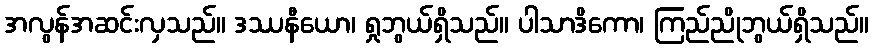
အလွန်အဆင်းလှသည်။ ဒဿနီယော၊ ရှုဘွယ်ရှိသည်။ ပါသာဒိကော၊ ကြည်ညိုဘွယ်ရှိသည်။